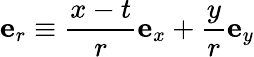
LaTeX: \mathbf{e}_{r}\equiv\frac{x-t}{r}\mathbf{e}_{x}+\frac{y}{r}\mathbf{e}_{y}